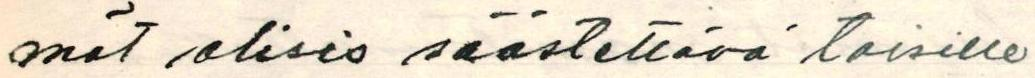
mät olisis säästettävä toisille